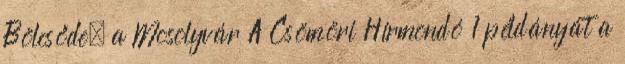
Bölcsőde, a Mosolyvár A Csömöri Hírmondó 1 példányát a